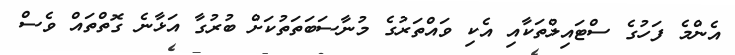
އެންމެ ފަހުގެ ސްޓައިލްތަކާއި އެކި ވައްތަރުގެ މުނާސަބަތަތުކަށް ބުރުގާ އަޅާނެ ގޮތްތައް ވެސް